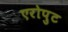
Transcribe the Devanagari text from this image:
एरोपुट